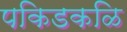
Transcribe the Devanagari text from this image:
पकिडकळि